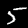
Label: 5